Civil Veterinary Department. Central Provinces & Berar 1932-41 - 1932-1941
Year: 1932
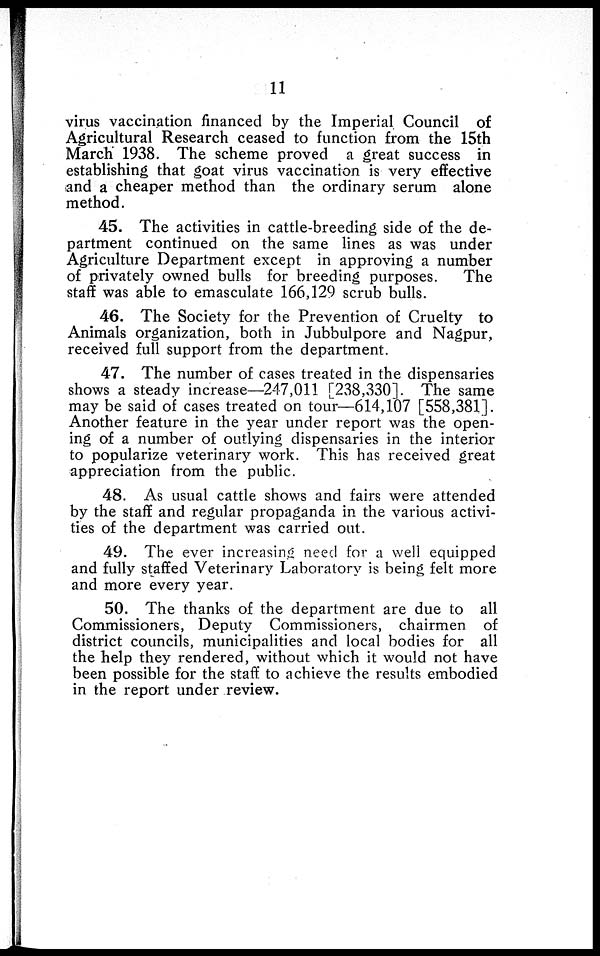
11
virus vaccination financed by the Imperial Council of
Agricultural Research ceased to function from the 15th
March 1938. The scheme proved a great success in
establishing that goat virus vaccination is very effective
and a cheaper method than the ordinary serum alone
method.
45. The activities in cattle-breeding side of the de-
partment continued on the same lines as was under
Agriculture Department except in approving a number
of privately owned bulls for breeding purposes.
The
staff was able to emasculate 166,129 scrub bulls.
46. The Society for the Prevention of Cruelty to
Animals organization, both in Jubbulpore and Nagpur,
received full support from the department.
47. The number of cases treated in the dispensaries
shows a steady increase—247,011 [238,330]. The same
may be said of cases treated on tour—614,107 [558,381].
Another feature in the year under report was the open-
ing of a number of outlying dispensaries in the interior
to popularize veterinary work. This has received great
appreciation from the public.
48. As usual cattle shows and fairs were attended
by the staff and regular propaganda in the various activi-
ties of the department was carried out.
49. The ever increasing need for a well equipped
and fully staffed Veterinary Laboratory is being felt more
and more every year.
50. The thanks of the department are due to all
Commissioners, Deputy Commissioners, chairmen of
district councils, municipalities and local bodies for all
the help they rendered, without which it would not have
been possible for the staff to achieve the results embodied
in the report under review.